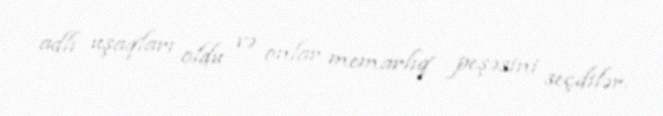
adlı uşaqları oldu və onlar memarlıq peşəsini seçdilər.